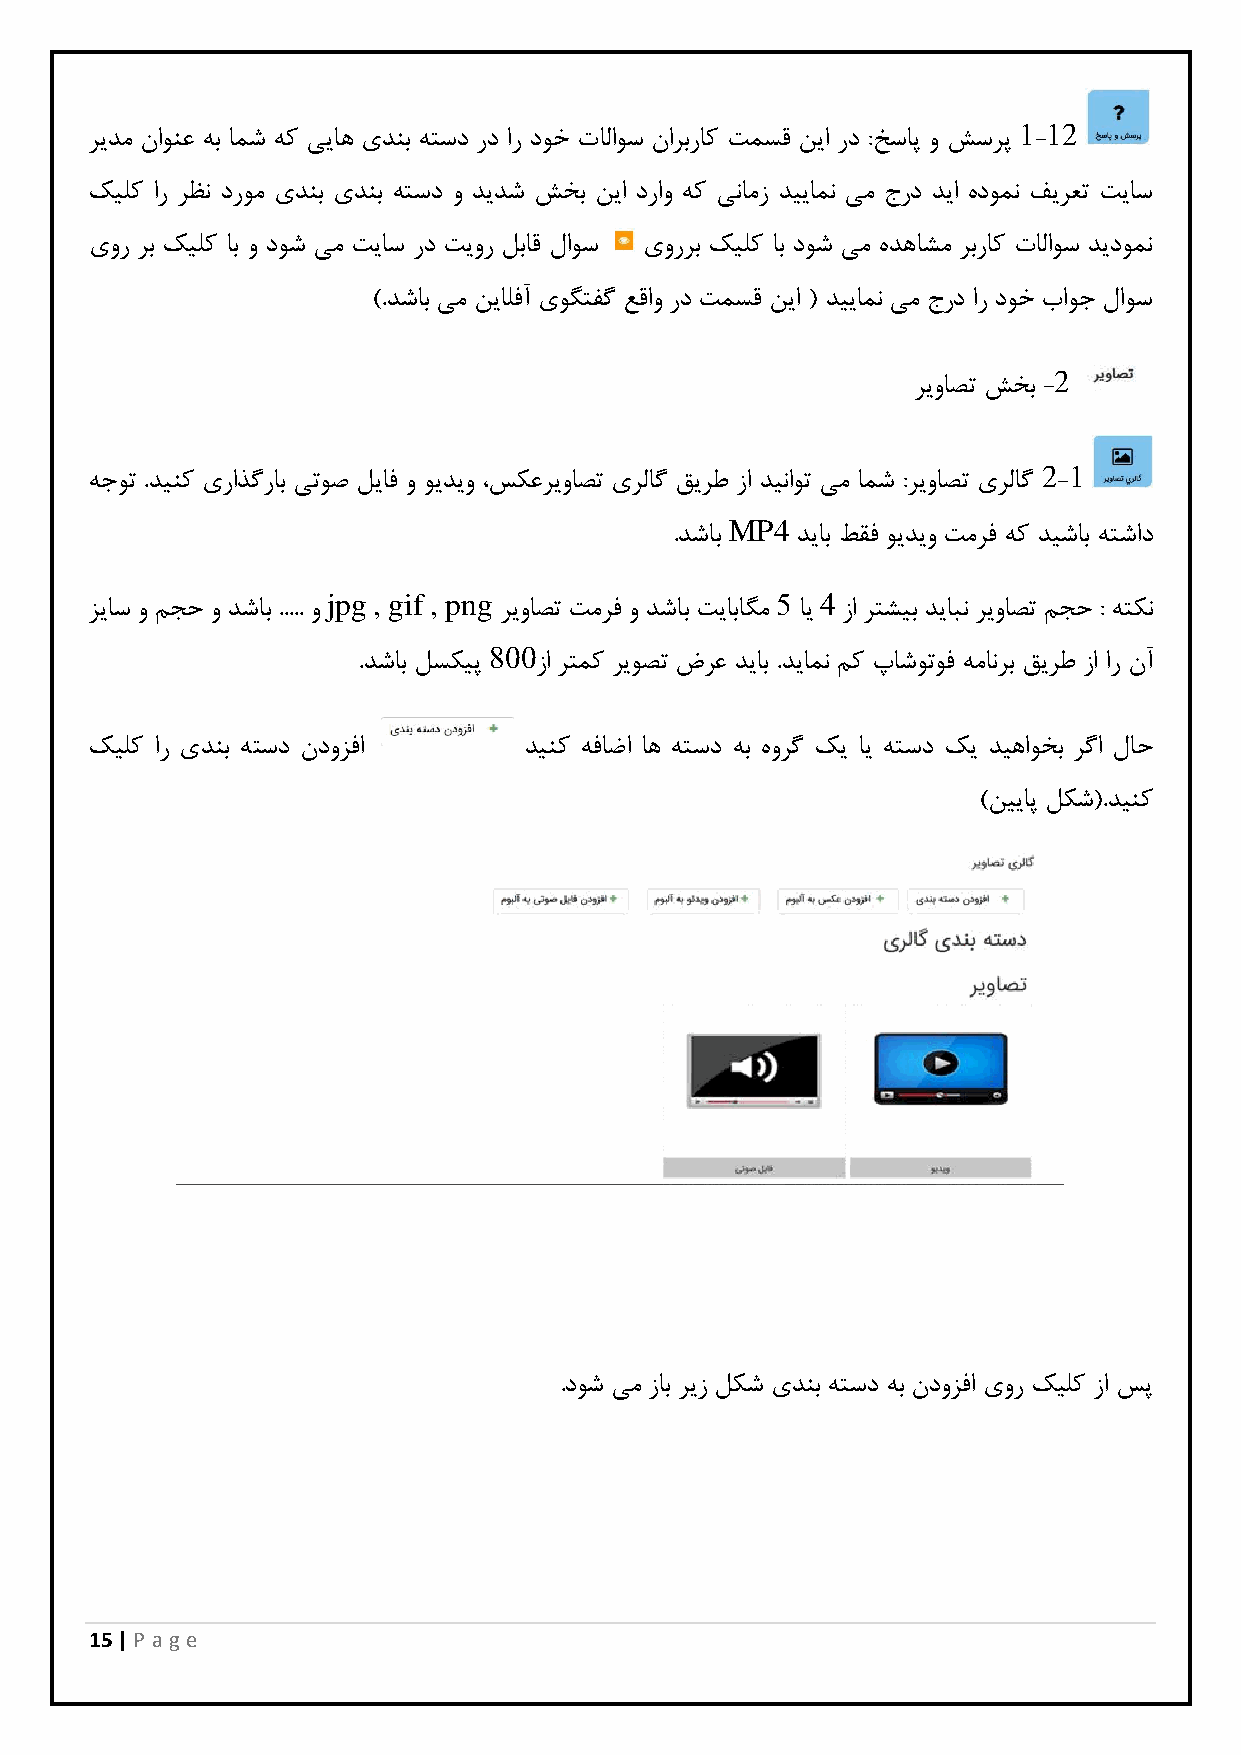
1 11
 ریدم ناونع هب امش هک ییاه یدنب هتسد رد ار دوخ تالاوس ناربراک تمسق نیا رد :خساپ و شسرپ -
 کیلک ار رظن دروم یدنب یدنب هتسد و دیدش شخب نیا دراو هک ینامز دییامن یم جرد دیا هدومن فیرعت تیاس
 یور رب کیلک اب و دوش یم تیاس رد تیور لباق لاوس یوررب کیلک اب دوش یم هدهاشم ربراک تالاوس دیدومن
 ).دشاب یم نیالفآ یوگتفگ عقاو رد تمسق نیا ( دییامن یم جرد ار دوخ باوج لاوس
 1
 ریواصت شخب -
 1 1
 هجوت .دینک یراذگراب یتوص لیاف و ویدیو ،سکعریواصت یرلاگ قیرط زا دیناوت یم امش :ریواصت یرلاگ -
 MP4
 .دشاب   دیاب طقف ویدیو تمرف هک دیشاب هتشاد
 jpg , gif , png              5  4
 زیاس و مجح و دشاب ..... و  ریواصت تمرف و دشاب تیاباگم ای زا رتشیب دیابن ریواصت مجح : هتکن
 088
 .دشاب لسکیپ زا رتمک ریوصت ضرع دیاب .دیامن مک پاشوتوف همانرب قیرط زا ار نآ
 کیلک ار یدنب هتسد ندوزفا     دینک هفاضا اه هتسد هب هورگ کی ای هتسد کی دیهاوخب رگا لاح
 )نییاپ لکش(.دینک
 .دوش یم زاب ریز لکش یدنب هتسد هب ندوزفا یور کیلک زا سپ
 15 | P age